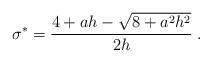
LaTeX: \begin{align*} \sigma^\ast=\frac{4+ah-\sqrt{8+a^{2}h^{2}}}{2h} \;. \end{align*}